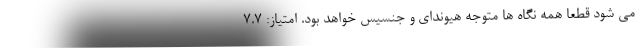
می شود قطعا همه نگاه ها متوجه هیوندای و جنسیس خواهد بود. امتیاز: 7.7